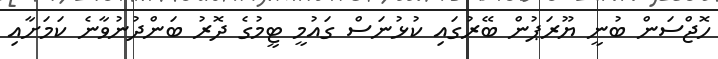
ހޮޖްސަން ބުނީ ޔޫރަޕުން ބޭރުގައި ކުޅުނަސް ގައުމީ ޓީމުގެ ދޮރު ބަންދުނުވާނެ ކަމަށާއި